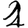
Digit: 1